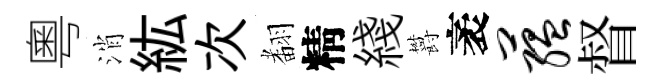
粵消紘次𮋒精綫欝袤蕴督